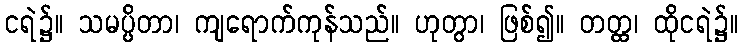
ငရဲ၌။ သမပ္ပိတာ၊ ကျရောက်ကုန်သည်။ ဟုတွာ၊ ဖြစ်၍။ တတ္ထ၊ ထိုငရဲ၌။